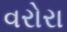
વરોરા